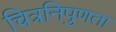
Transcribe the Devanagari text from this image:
चित्रनिपुणता